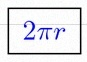
2\pi r